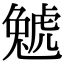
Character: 𧇢